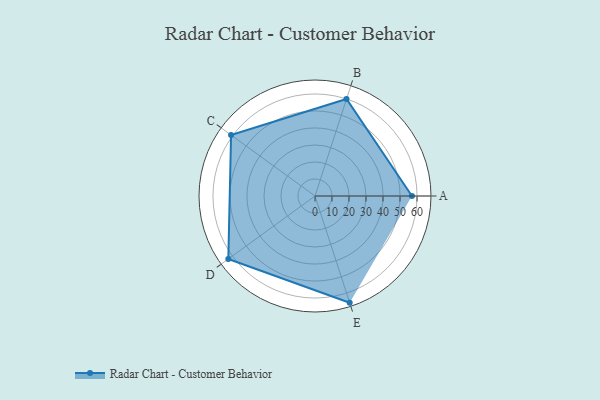
{"axis": {"x": "Skill", "y": "Score"}, "legend": ["Profile"], "data": [{"x": "A", "y": 57.0, "type": "Profile"}, {"x": "B", "y": 60.0, "type": "Profile"}, {"x": "C", "y": 61.0, "type": "Profile"}, {"x": "D", "y": 63.0, "type": "Profile"}, {"x": "E", "y": 66.0, "type": "Profile"}]}